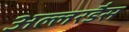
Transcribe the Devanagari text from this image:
अल्लरडैस